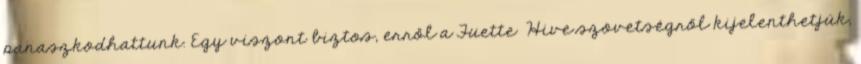
panaszkodhattunk. Egy viszont biztos, erről a Fuette Hive szövetségről kijelenthetjük,